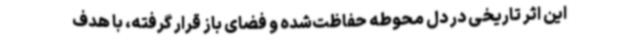
این اثر تاریخی در دل محوطه حفاظت‌شده و فضای باز قرار گرفته، با هدف